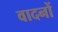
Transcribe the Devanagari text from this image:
वादनों